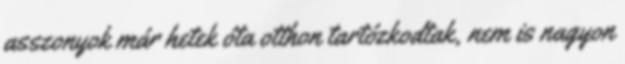
asszonyok már hetek óta otthon tartózkodtak, nem is nagyon